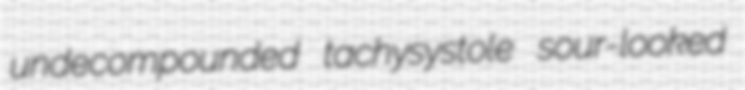
undecompounded tachysystole sour-looked